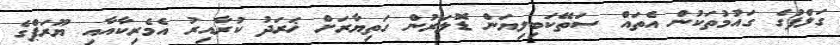
ގަލްފުގެ ގައުމުތަކުން އެތައް ސަތޭކަބިލިޔަން ޑޮލަރުން ހަތިޔާރަށް ޚަރަދު ކުރާއިރު އެމެރިކާއާއި ޔޫރަޕްގެ